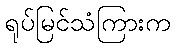
ရုပ်မြင်သံကြားက